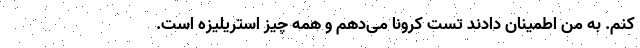
کنم. به من اطمینان دادند تست کرونا می‌دهم و همه چیز استریلیزه است.